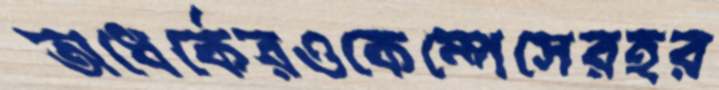
অধের্কেরওকেম্পেসেরহর